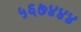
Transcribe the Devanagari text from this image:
५६७४४४